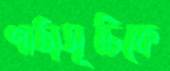
পাঠ্যসূচিকে